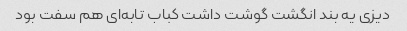
دیزی یه بند انگشت گوشت داشت کباب تابه‌ای هم سفت بود